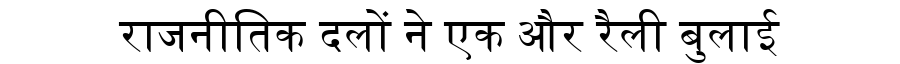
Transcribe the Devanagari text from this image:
राजनीतिक दलों ने एक और रैली बुलाई